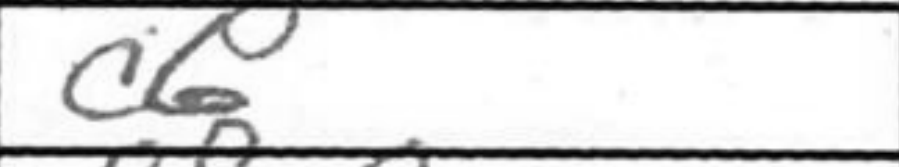
Transcription: c6